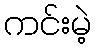
ကင်းမဲ့